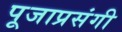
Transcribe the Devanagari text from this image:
पूजाप्रसंगी